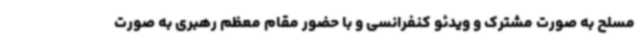
مسلح به صورت مشترک و ویدئو کنفرانسی و با حضور مقام معظم رهبری به صورت